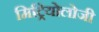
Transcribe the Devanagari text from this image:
मिट्रियोलोजी